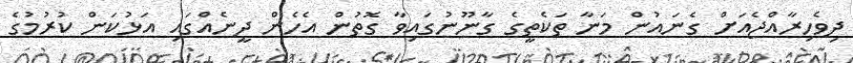
ދިވެހިރާއްޖެއަށް ގެނައުން މަނާ ތަކެތީގެ ގާނޫނުގައިވާ ގޮތުން އެހެން ދީނެއްގައި އަޅުކަން ކުރުމުގެ